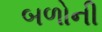
બળોની